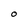
Character: O